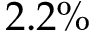
2 . 2 \%